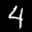
Label: 4